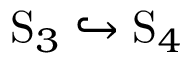
\mathrm { S } _ { 3 } \hookrightarrow \mathrm { S } _ { 4 }